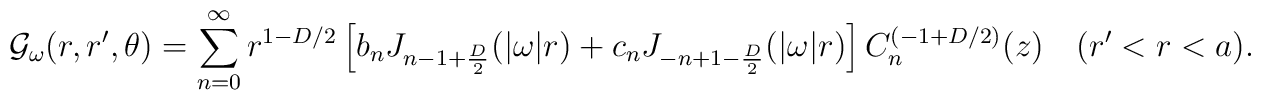
{\cal G}_\omega (r,r',\theta)=\sum_{n=0}^\infty r^{1-D/2}\left [ b_nJ_{n-1+{D\over 2}}(|\omega| r)+c_n J_{-n+1-{D\over 2}}(|\omega| r)\right ] C_n ^{(-1+D/2)}(z)\quad (r'<r<a).